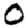
Digit: 0